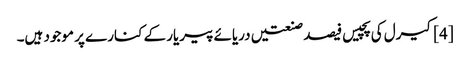
[4] کیرل کی پچیس فیصد صنعتیں دریائے پیریار کے کنارے پر موجود ہیں۔